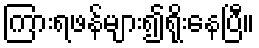
ကြားရဖန်များ၍ရိုးနေပြီ။